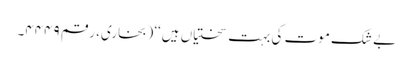
بے شک موت کی بہت سختیاں ہیں‘‘ (بخاری، رقم ۴۴۴۹۔